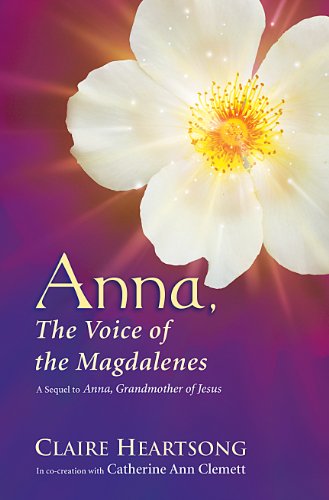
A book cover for Anna, the Voice of the Magdalenes; Claire Heartsong; Religion & Spirituality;